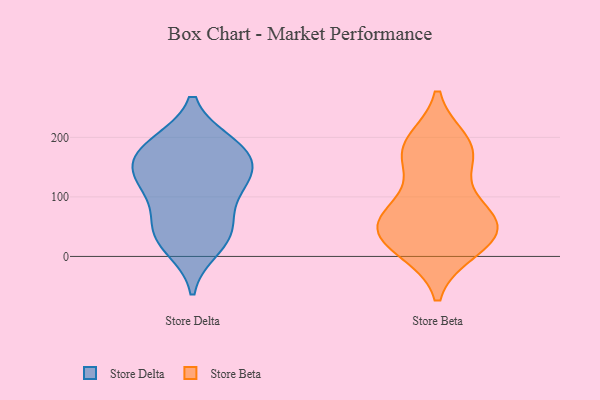
{"axis": {"x": "Humidity (%)", "y": "Value"}, "legend": ["Store Beta", "Store Delta"], "data": [{"x": "", "y": 43, "type": "Store Delta"}, {"x": "", "y": 188, "type": "Store Delta"}, {"x": "", "y": 176, "type": "Store Delta"}, {"x": "", "y": 129, "type": "Store Delta"}, {"x": "", "y": 111, "type": "Store Delta"}, {"x": "", "y": 36, "type": "Store Delta"}, {"x": "", "y": 173, "type": "Store Delta"}, {"x": "", "y": 16, "type": "Store Delta"}, {"x": "", "y": 133, "type": "Store Delta"}, {"x": "", "y": 57, "type": "Store Delta"}, {"x": "", "y": 131, "type": "Store Delta"}, {"x": "", "y": 182, "type": "Store Delta"}, {"x": "", "y": 174, "type": "Store Beta"}, {"x": "", "y": 26, "type": "Store Beta"}, {"x": "", "y": 180, "type": "Store Beta"}, {"x": "", "y": 190, "type": "Store Beta"}, {"x": "", "y": 24, "type": "Store Beta"}, {"x": "", "y": 62, "type": "Store Beta"}, {"x": "", "y": 83, "type": "Store Beta"}, {"x": "", "y": 13, "type": "Store Beta"}, {"x": "", "y": 41, "type": "Store Beta"}, {"x": "", "y": 70, "type": "Store Beta"}, {"x": "", "y": 58, "type": "Store Beta"}, {"x": "", "y": 166, "type": "Store Beta"}]}